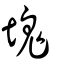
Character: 塊